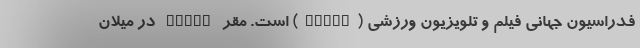
فدراسیون جهانی فیلم و تلویزیون ورزشی (FICTS) است. مقر FICTS در میلان